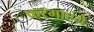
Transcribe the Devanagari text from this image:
फरमाएंगे